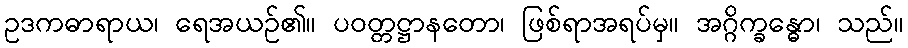
ဥဒကဓာရာယ၊ ရေအယဉ်၏။ ပဝတ္တဋ္ဌာနတော၊ ဖြစ်ရာအရပ်မှ။ အဂ္ဂိက္ခန္ဓော၊ သည်။